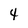
Character: 4